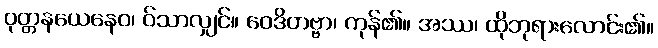
ဝုတ္တနယေနေဝ၊ ဝ်သာလျှင်။ ဝေဒိတဗ္ဗာ၊ ကုန်၏။ အဿ၊ ထိုဘုရားလောင်း၏။